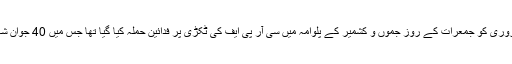
بتا دیں کہ 14 فروری کو جمعرات کے روز جموں و کشمیر کے پلوامہ میں سی آر پی ایف کی ٹکڑی پر فدائین حملہ کیا گیا تھا جس میں 40 جوان شہید ہو گئے تھے۔